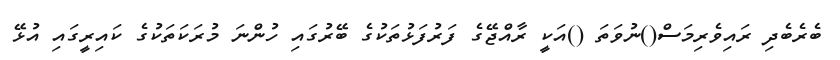
ބެރެބެދި ރައިވެރިމަސް()ނުވަތަ ()އަކީ ރާއްޖޭގެ ފަރުފަޅުތަކުގެ ބޭރުގައި ހުންނަ މުރަކަތަކުގެ ކައިރީގައި އުޅޭ